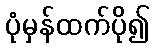
ပုံမှန်ထက်ပို၍